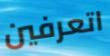
اتعرفين